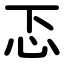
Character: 忑